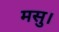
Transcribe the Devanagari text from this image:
मसु।